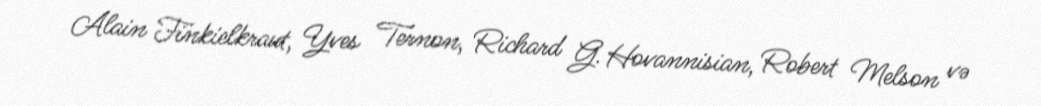
Alain Finkielkraut, Yves Ternon, Richard G. Hovannisian, Robert Melson və